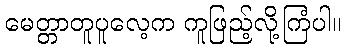
မေတ္တာတူပူလေ့က ကူဖြည့်လို့ကြံပါ။